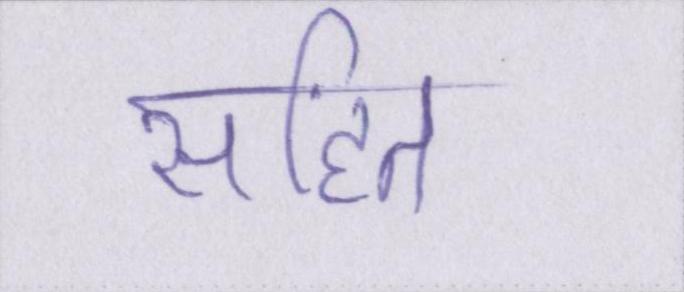
सहित